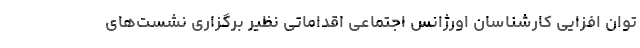
توان افزایی کارشناسان اورژانس اجتماعی اقداماتی نظیر برگزاری نشست‌های